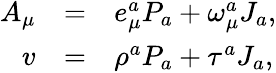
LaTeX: \begin{array}{rcl}{{A_{\mu}}}&{{=}}&{{e_{\mu}^{a}P_{a}+\omega_{\mu}^{a}J_{a},}}\\ {{v}}&{{=}}&{{\rho^{a}P_{a}+\tau^{a}J_{a},}}\end{array}